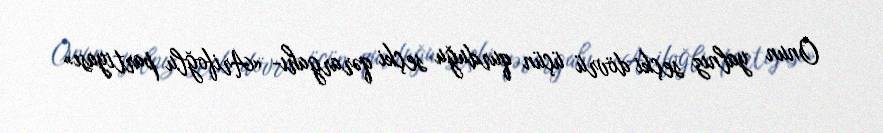
Onun yalnız seçki dövrü üçün qurduğu seçki qərargahı- «Arifoğlu partiyası»